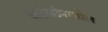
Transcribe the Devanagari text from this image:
केटेकोनाजोल